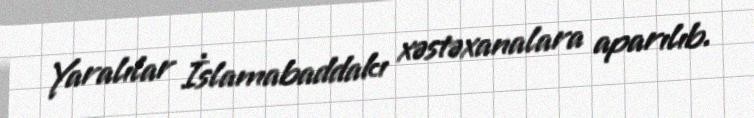
Yaralılar İslamabaddakı xəstəxanalara aparılıb.